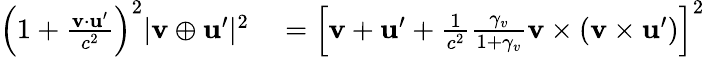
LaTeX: \begin{array}{rl}{\left(1+{\frac{\mathbf{v}\cdot\mathbf{u}^{\prime}}{c^{2}}}\right)^{2}|\mathbf{v}\oplus\mathbf{u}^{\prime}|^{2}}&{{}=\left[\mathbf{v}+\mathbf{u}^{\prime}+{\frac{1}{c^{2}}}{\frac{\gamma_{v}}{1+\gamma_{v}}}\mathbf{v}\times(\mathbf{v}\times\mathbf{u}^{\prime})\right]^{2}}\end{array}